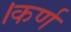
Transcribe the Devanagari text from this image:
।कर्ण